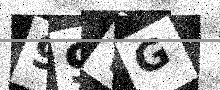
Text: 99VG